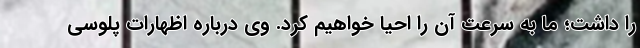
را داشت؛ ما به سرعت آن را احیا خواهیم کرد. وی درباره اظهارات پلوسی